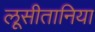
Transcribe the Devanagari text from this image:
लूसीतानिया